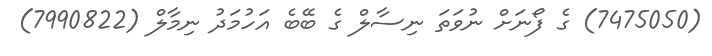
(7475050) ގެ ފޯނަށް ނުވަތަ ނިސާލް ގެ ބޭބެ އަހުމަދު ނިމާލް (7990822)